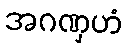
အဂဏှဟံ